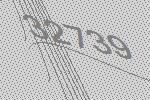
32739